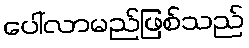
ပေါ်လာမည်ဖြစ်သည်